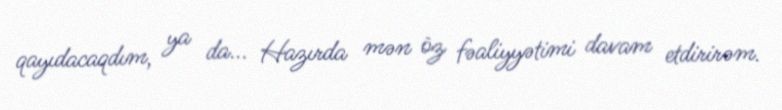
qayıdacaqdım, ya da... Hazırda mən öz fəaliyyətimi davam etdirirəm.